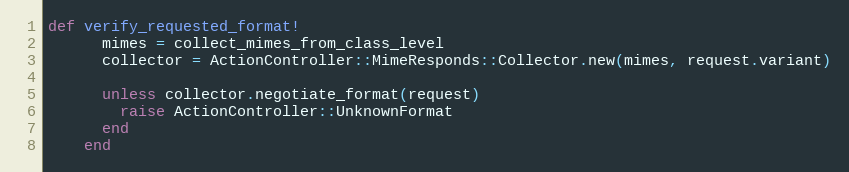
Language: Ruby
def verify_requested_format!
      mimes = collect_mimes_from_class_level
      collector = ActionController::MimeResponds::Collector.new(mimes, request.variant)

      unless collector.negotiate_format(request)
        raise ActionController::UnknownFormat
      end
    end